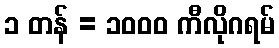
၁ တန် = ၁၀၀၀ ကီလိုဂရမ်